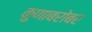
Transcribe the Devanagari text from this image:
कुणाबरोबर